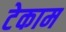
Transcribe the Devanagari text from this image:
टेकाम